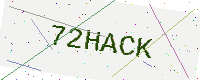
Text: 72HACK